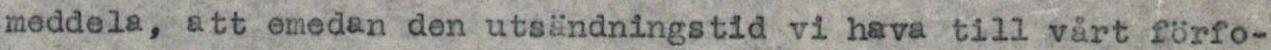
meddela, att emedan den utsändningstid vi hava till vårt förfo-